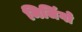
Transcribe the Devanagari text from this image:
मिजिंगो